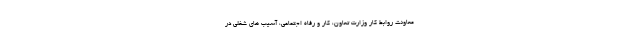
معاونت روابط کار وزارت تعاون، کار و رفاه اجتماعی، آسیب های شغلی در